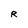
Character: R